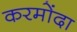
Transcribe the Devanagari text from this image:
करमोंदा